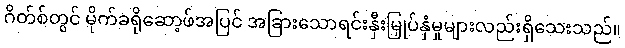
ဂိတ်စ်တွင် မိုက်ခရိုဆော့ဖ်အပြင် အခြားသောရင်းနှီးမြှုပ်နှံမှုများလည်းရှိသေးသည်။